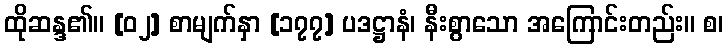
ထိုဆန္ဒ၏။ [၀၂] စာမျက်နှာ [၁၇၇] ပဒဋ္ဌာနံ၊ နီးစွာသော အကြောင်းတည်း။ စ၊